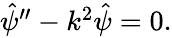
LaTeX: \begin{array}{r}{\hat{\psi}^{\prime\prime}-k^{2}\hat{\psi}=0.}\end{array}